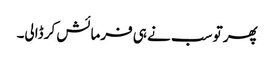
پھر تو سب نے ہی فرمائش کر ڈالی۔